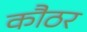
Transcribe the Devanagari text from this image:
कौठर